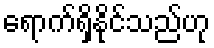
ရောက်ရှိနိုင်သည်ဟု